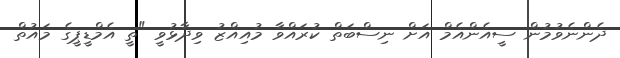
ދެންނެވުމުން ސީއެންއެމް އަށް ނިސްބަތް ކުރައްވާ މުއިއްޒު ވިދާޅުވީ "ތީ އެމްޑީޕީގެ މައުތް